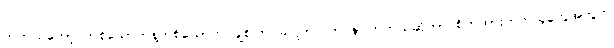
တကယ်တော့ တစ်ယောက်နဲ့တစ်ယောက် ချစ်ကြ၊ ခင်ကြ၊ ကြင်နာကြတယ်ဆိုတာ စိတ်ထားတတ်သူတွေအတွက်